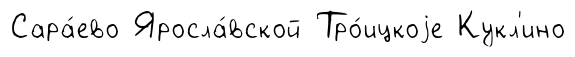
Сара́ево Яросла́вской Тро́ицкоjе Кукл'ино